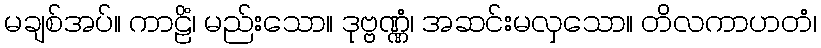
မချစ်အပ်။ ကာဠိံ၊ မည်းသော။ ဒုဗ္ဗဏ္ဏံ၊ အဆင်းမလှသော။ တိလကာဟတံ၊